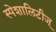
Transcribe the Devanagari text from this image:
स्पेशालिटीज्